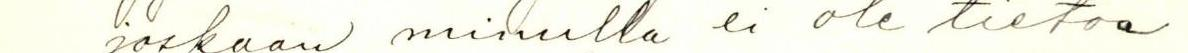
joskaan minulla ei ole tietoa